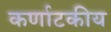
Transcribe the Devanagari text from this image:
कर्णाटकीय